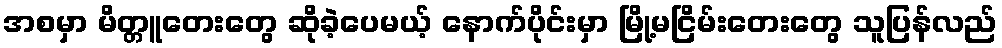
အစမှာ မိတ္တူတေးတွေ ဆိုခဲ့ပေမယ့် နောက်ပိုင်းမှာ မြို့မငြိမ်းတေးတွေ သူပြန်လည်